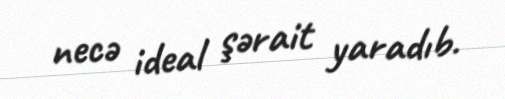
necə ideal şərait yaradıb.